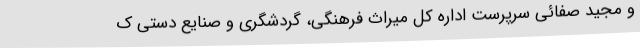
و مجید صفائی سرپرست اداره کل میراث فرهنگی، گردشگری و صنایع دستی ک